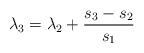
\begin{align*}\lambda_3 = \lambda_2 + \frac{s_3 - s_2} {s_1} \\\end{align*}